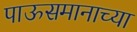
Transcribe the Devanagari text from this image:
पाऊसमानाच्या